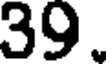
39.